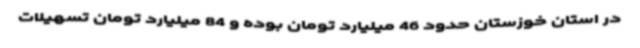
در استان خوزستان حدود 46 میلیارد تومان بوده و 84 میلیارد تومان تسهیلات